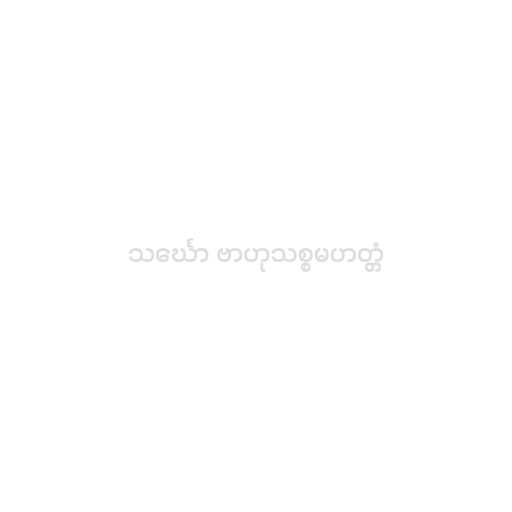
သင်္ဃော ဗာဟုသစ္စမဟတ္တံ